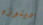
دينوزو